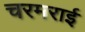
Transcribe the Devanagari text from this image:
चरमराई